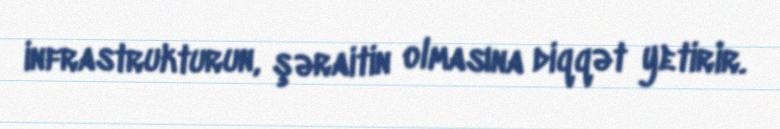
infrastrukturun, şəraitin olmasına diqqət yetirir.